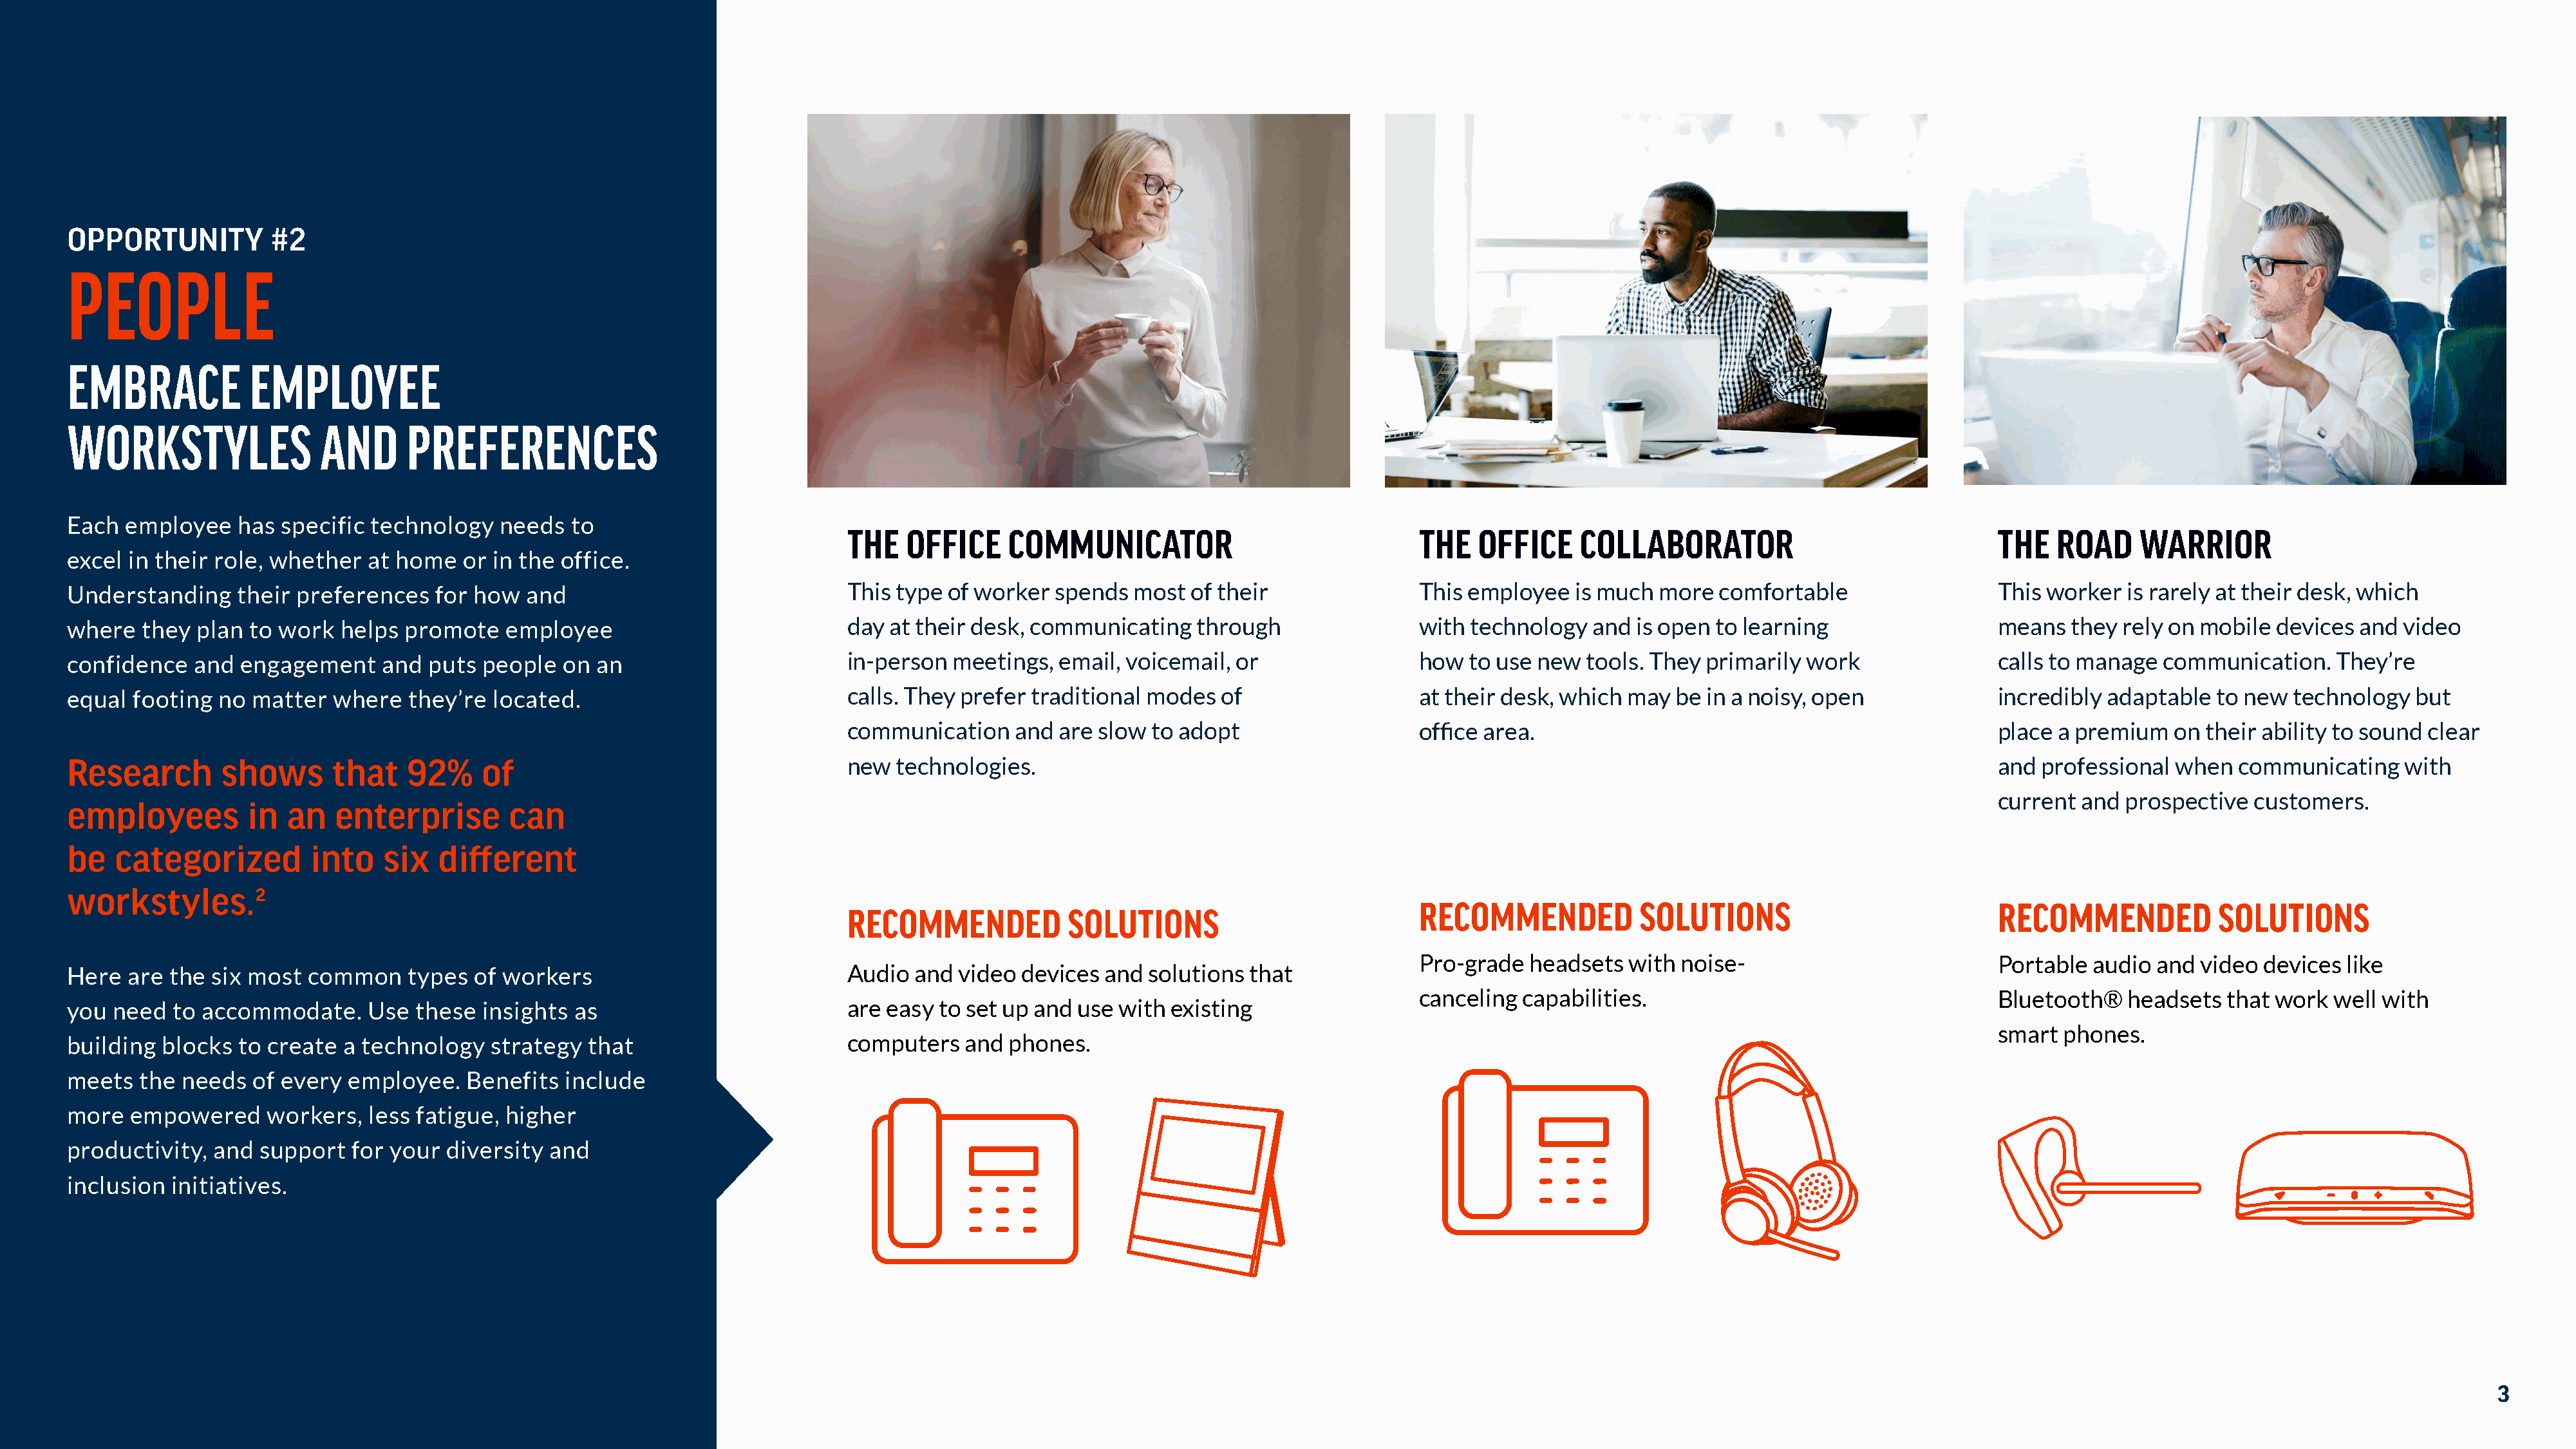
OPPORTUNITY          #2
 PEOPLE
 EMBRACE            EMPLOYEE
 WORKSTYLES                AND      PREFERENCES
 Each  employee   has  specific technology   needs   to
 THE   OFFICE     COMMUNICATOR                              THE   OFFICE    COLLABORATOR                               THE   ROAD     WARRIOR
 excel in their role, whether   at home   or in the office.
 Understanding    their  preferences   for how  and                              This type of worker  spends   most of their                This employee   is much  more  comfortable                 This worker   is rarely at their desk, which
 where   they plan  to work  helps  promote   employee                           day at their desk, communicating    through                with technology   and is open to learning                  means   they rely on mobile  devices  and video
 confidence   and  engagement    and  puts  people  on an                        in-person  meetings,  email, voicemail, or                 how  to use new  tools. They primarily  work               calls to manage  communication.    They’re
 equal  footing no  matter  where   they’re  located.                            calls. They prefer traditional modes   of                  at their desk, which may  be in a noisy, open              incredibly  adaptable  to new  technology  but
 communication    and  are slow to adopt                    office area.                                               place  a premium   on their ability to sound clear
 Research        shows      that    92%     of                                   new  technologies.                                                                                                    and  professional  when  communicating    with
 current  and prospective   customers.
 employees         in  an   enterprise        can
 be   categorized         into   six   different
 workstyles.2
 RECOMMENDED            SOLUTIONS                           RECOMMENDED            SOLUTIONS
 RECOMMENDED            SOLUTIONS
 Pro-grade  headsets  with  noise-                          Portable  audio  and video  devices like
 Here  are the  six most  common    types  of workers                            Audio  and  video devices  and solutions that
 canceling  capabilities.                                   Bluetooth®    headsets  that work  well with
 you  need  to accommodate.     Use  these  insights as                          are easy  to set up and use with existing
 smart  phones.
 building  blocks  to create a technology   strategy  that                       computers   and  phones.
 meets  the  needs  of every  employee.   Benefits  include
 more  empowered     workers,   less fatigue, higher
 productivity,  and  support  for your  diversity and
 inclusion  initiatives.
 3